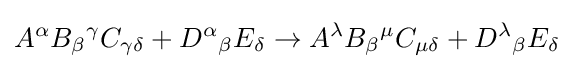
A^{\alpha }B_{\beta }{}^{\gamma }C_{\gamma \delta }+D^{\alpha }{}_{\beta }{}E_{\delta }\rightarrow A^{\lambda }B_{\beta }{}^{\mu }C_{\mu \delta }+D^{\lambda }{}_{\beta }{}E_{\delta }